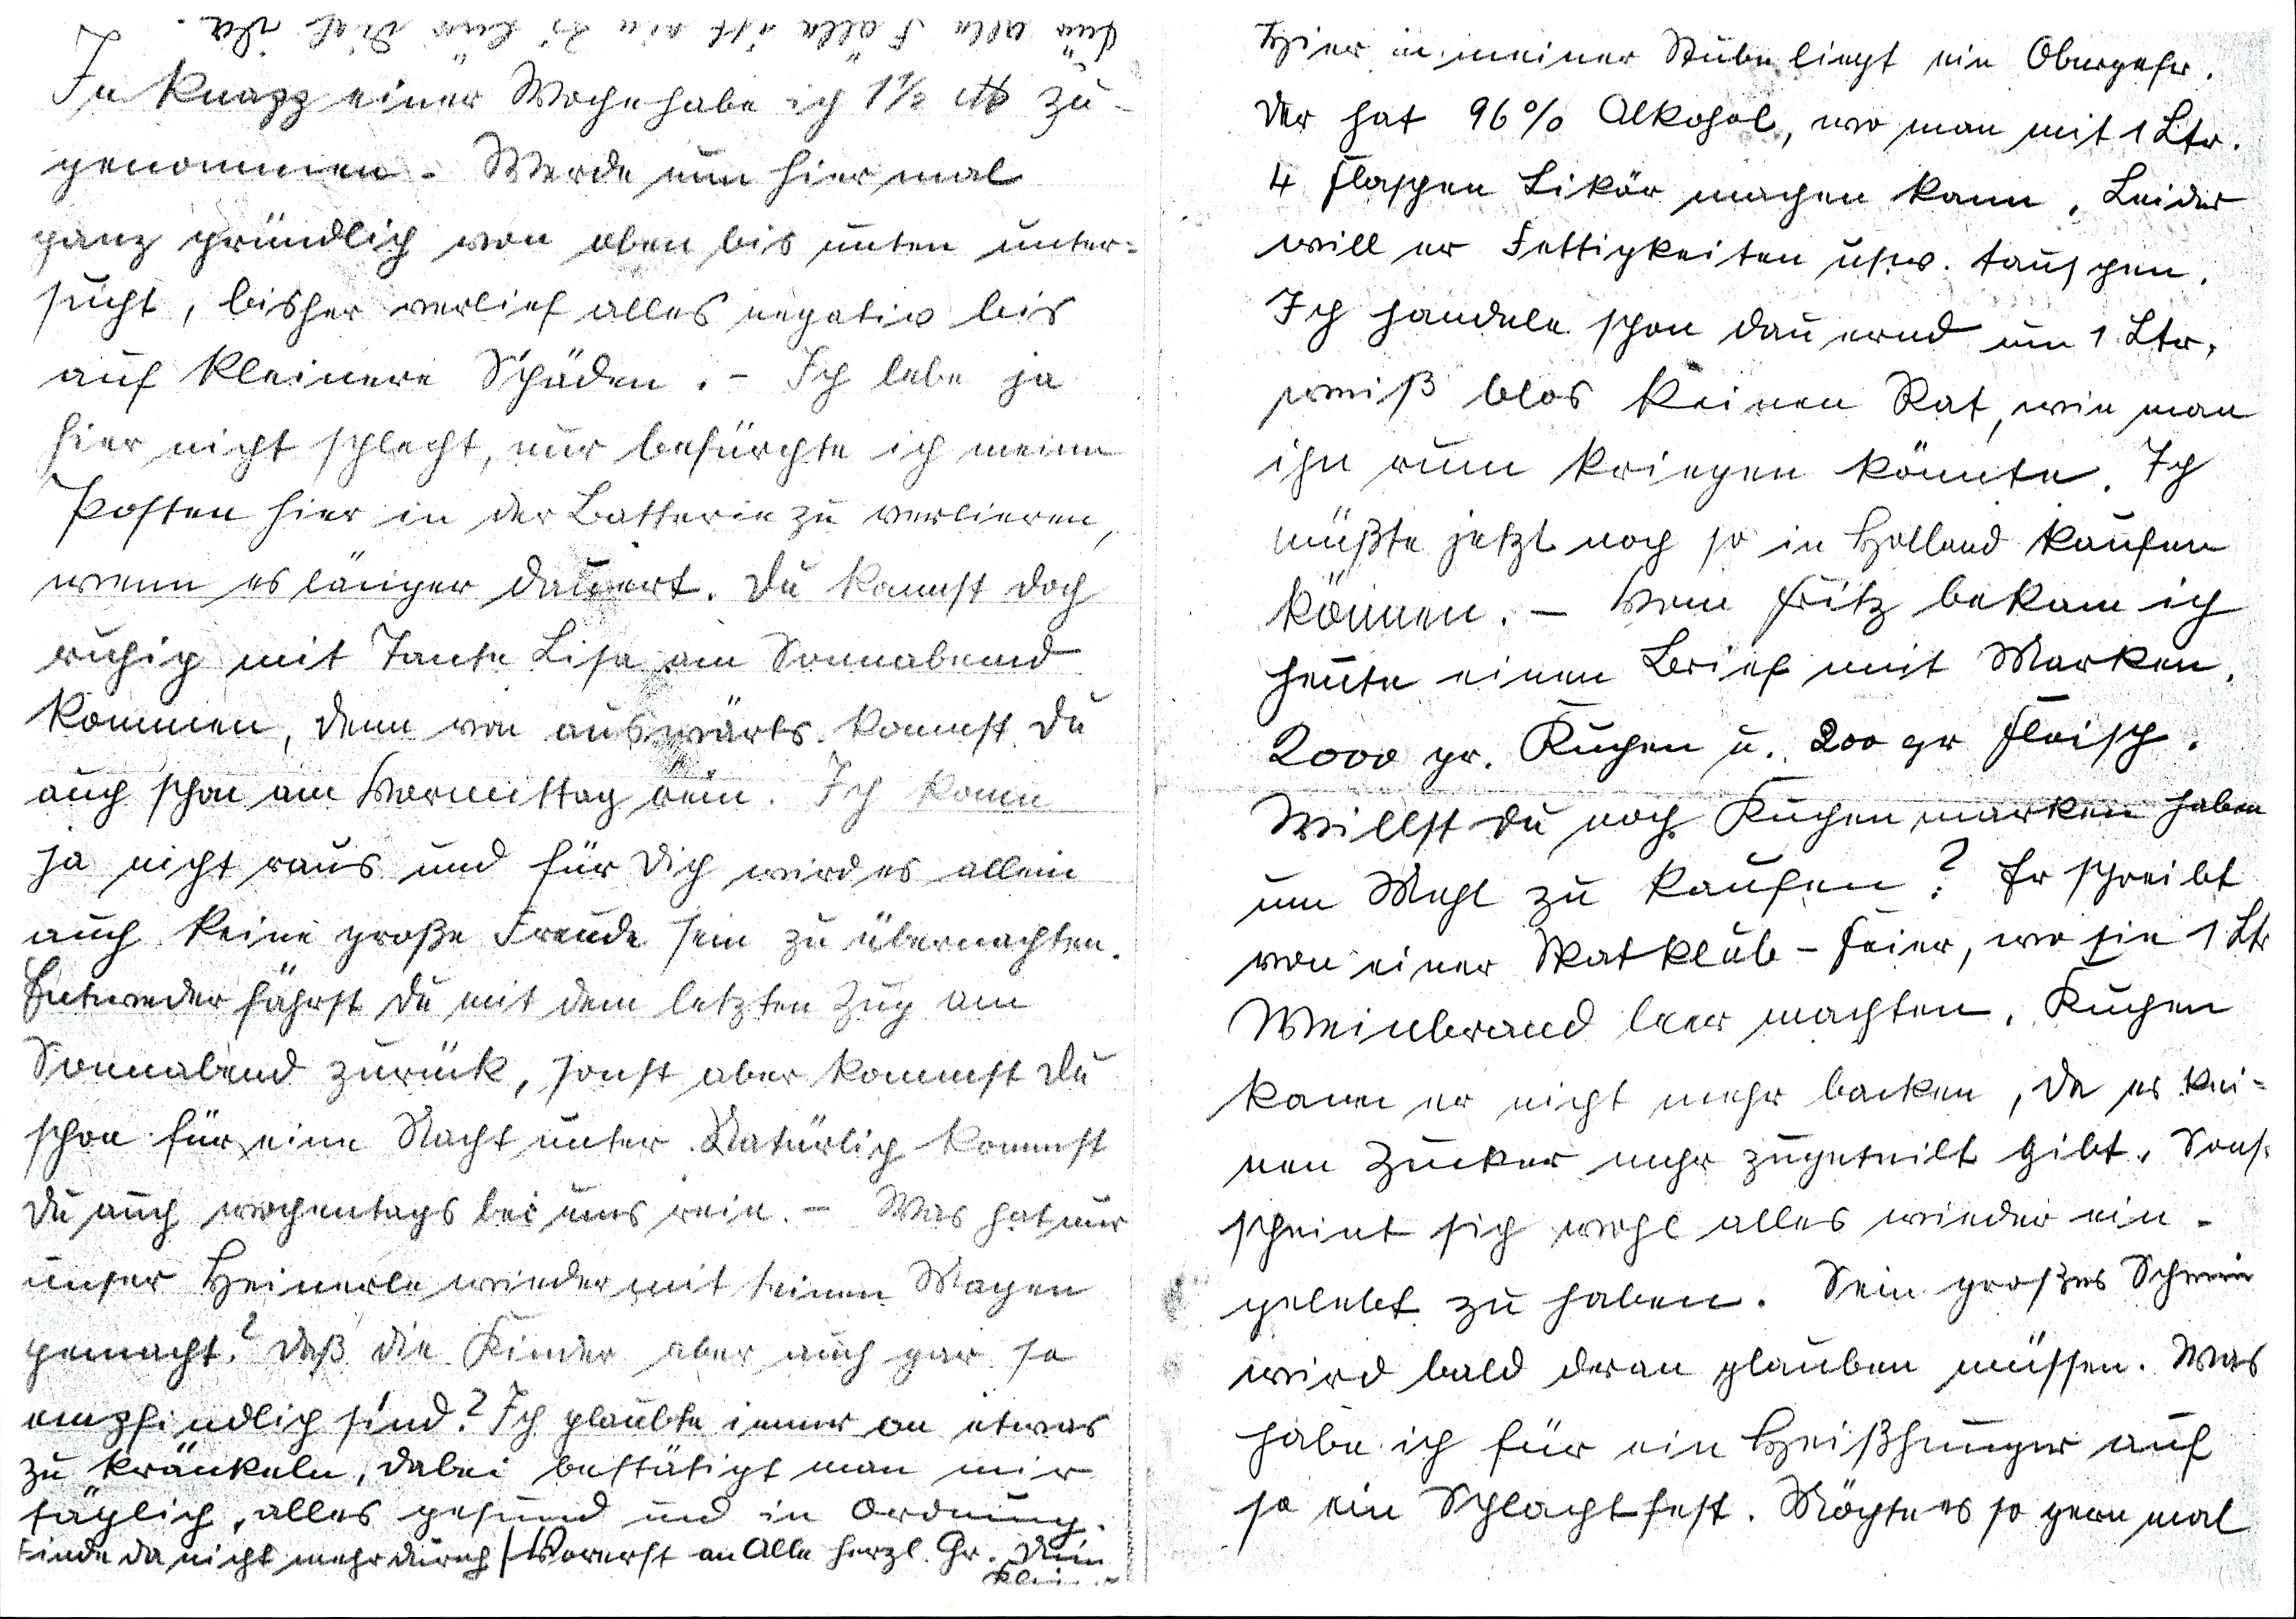
Für alle Fälle ist ein Zi. für Dich da.
In knapp einer Woche hab ich 1 1/2 K zu¬
genommen. Werde nun hier mal
ganz gründlich von oben bis unten unter¬
sucht, bisher verlief alles negativ bis
auf kleinere Schäden. - Ich lebe ja
hier nicht schlecht, nur befürchte ich meine
Posten hier in der Batterie zu verlieren,
wenn es länger dauert. Du kannst doch
ruhig mit Tante Lisa am Sonnabend
kommen, denn von auswärts kannst Du
auch schon am Vormittag rein. Ich kann
ja nicht raus und für Dich wird es allein
auch keine große Freude sein zu übernachten.
Entweder fährst Du mit dem letzten Zug am
Sonnabend zurück, sonst aber kommst Du
schon für eine Nacht unter. Natürlich kommst
Du auch wochentags bei uns rein. - Was hat nur
unser Heinerle wieder mit seinem Magen
gemacht? Daß die Kinder aber auch gar so
empfindlich sind? Ich glaubte immer an etwas
zu kränkeln, dabei bestätigt man mir
täglich, alles gesund und in Ordnung.
Finde da nicht mehr durch / Vorerst an Alle herzl. Gr. Dein Kleiner

Hier in meiner Stube liegt ein Obergefr.
der hat 96 % Alkohol, wo man mit 1 Ltr.
4 Flaschen Likör machen kann. Leider
will er Fettigkeiten usw. tauschen.
Ich handele schon dauernd um 1 Ltr.
weiß blos keinen Rat, wie man
ihn rum kriegen könnte. Ich
müßte jetzt noch so in Holland kaufen
können. - Von Fritz bekam ich
heute einen Brief mit Marken.
2000 gr. Kuchen u. 200 gr. Fleisch.
Willst Du noch Kuchenmarken haben
um Mehl zu kaufen? Er schreibt
von einer Skat-klub-feier, wo sie 1 Ltr
Weinbrand leer machten. Kuchen
kann er nicht mehr backen, da es kei¬
nen Zucker mehr zugeteilt gibt. Sonst
scheint sich wohl alles wieder ein¬
gelebt zu haben. Sein großes Schwein
wird bald daran glauben müssen. Was
habe ich für ein Heißhunger auf
so ein Schlacht-fest. Möchte es so gern mal